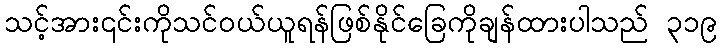
သင့်အား၎င်းကိုသင်ဝယ်ယူရန်ဖြစ်နိုင်ခြေကိုချန်ထားပါသည် ၃၁၉